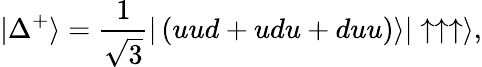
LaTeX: \vert\Delta^{+}\rangle={\frac{1}{\sqrt{3}}}\vert\left(uud+udu+duu\right)\rangle\vert\uparrow\uparrow\uparrow\rangle,